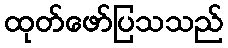
ထုတ်ဖော်ပြသသည်